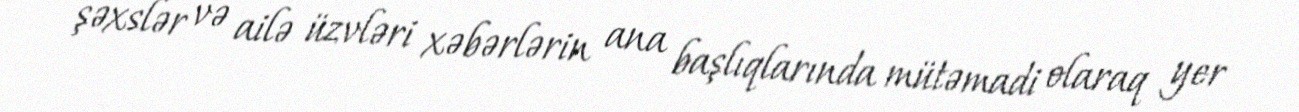
şəxslər və ailə üzvləri xəbərlərin ana başlıqlarında mütəmadi olaraq yer